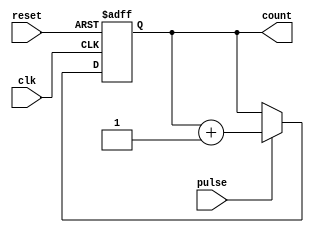
module pulse_counter (
    input wire clk,         // Clock input
    input wire reset,       // Asynchronous reset input
    input wire pulse,       // Pulse input signal
    output reg [3:0] count  // 4-bit count output
);

    // Counter logic
    always @(posedge clk or posedge reset) begin
        if (reset) begin
            count <= 4'b0000;  // Reset count to zero
        end else begin
            if (pulse) begin
                count <= count + 1; // Increment count on pulse
            end
        end
    end

endmodule